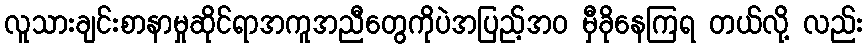
လူသားချင်းစာနာမှုဆိုင်ရာအကူအညီတွေကိုပဲအပြည့်အ၀ မှီခိုနေကြရ တယ်လို့ လည်း